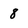
Character: 8